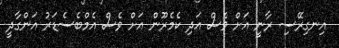
އިނގިރޭސި ރާނީ އަށް ވެސް އަދި ކެމެރޫން އަށް ވެސް އެމްބެސެޑަރު އަންގާދީ